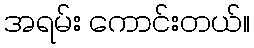
အရမ်း ကောင်းတယ်။